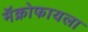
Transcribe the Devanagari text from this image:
मॅक्रोफायला